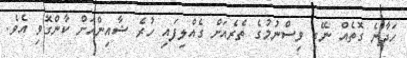
ހަދާނެ ގޮތެއް ނޭގި ވިސްނުމުގެ ތެރެއަށް ގެއްލިފައި ހުރެ ޝާއިންއަށް ކާންގޮވި އެވެ.